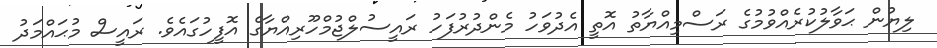
ލިޔުން ޙަވާލުކުރެއްވުމުގެ ރަސްމިއްޔާތު އޮތީ އެދުވަހު މެންދުރުފަހު ރައީސުލްޖުމްހޫރިއްޔާގެ އޮފީހުގައެވެ. ރައީސް މުޙައްމަދު